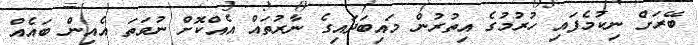
ބޭރަށް ނިކުމެފައި ހުރުމުގެ އިތުރުން މައިބަދައިގެ ނާރުތައް އެއްކޮށް ނުވަތަ އެއިން ބައެއް